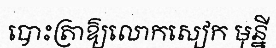
បោះត្រាឱ្យលោកសៀក មុន្នី